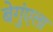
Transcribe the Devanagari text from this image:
बेगुंएला